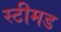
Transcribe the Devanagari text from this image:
स्टीमड